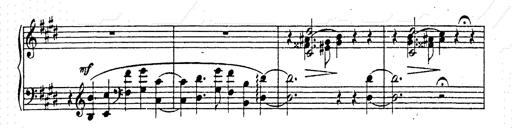
Title: AnnÃ©es de pÃ¨lerinage II
Composer: Franz Liszt